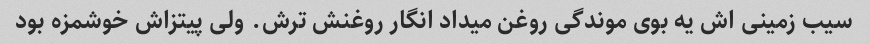
سیب زمینی اش یه بوی موندگی روغن میداد انگار روغنش ترش. ولی پیتزاش خوشمزه بود